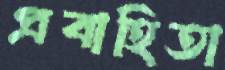
প্রবাহিতা